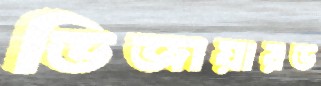
ডিজায়ারড